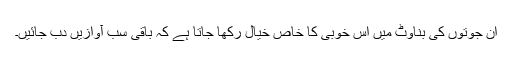
ان جوتوں کی بناوٹ میں اس خوبی کا خاص خیال رکھا جاتا ہے کہ باقی سب آوازیں دب جائیں۔